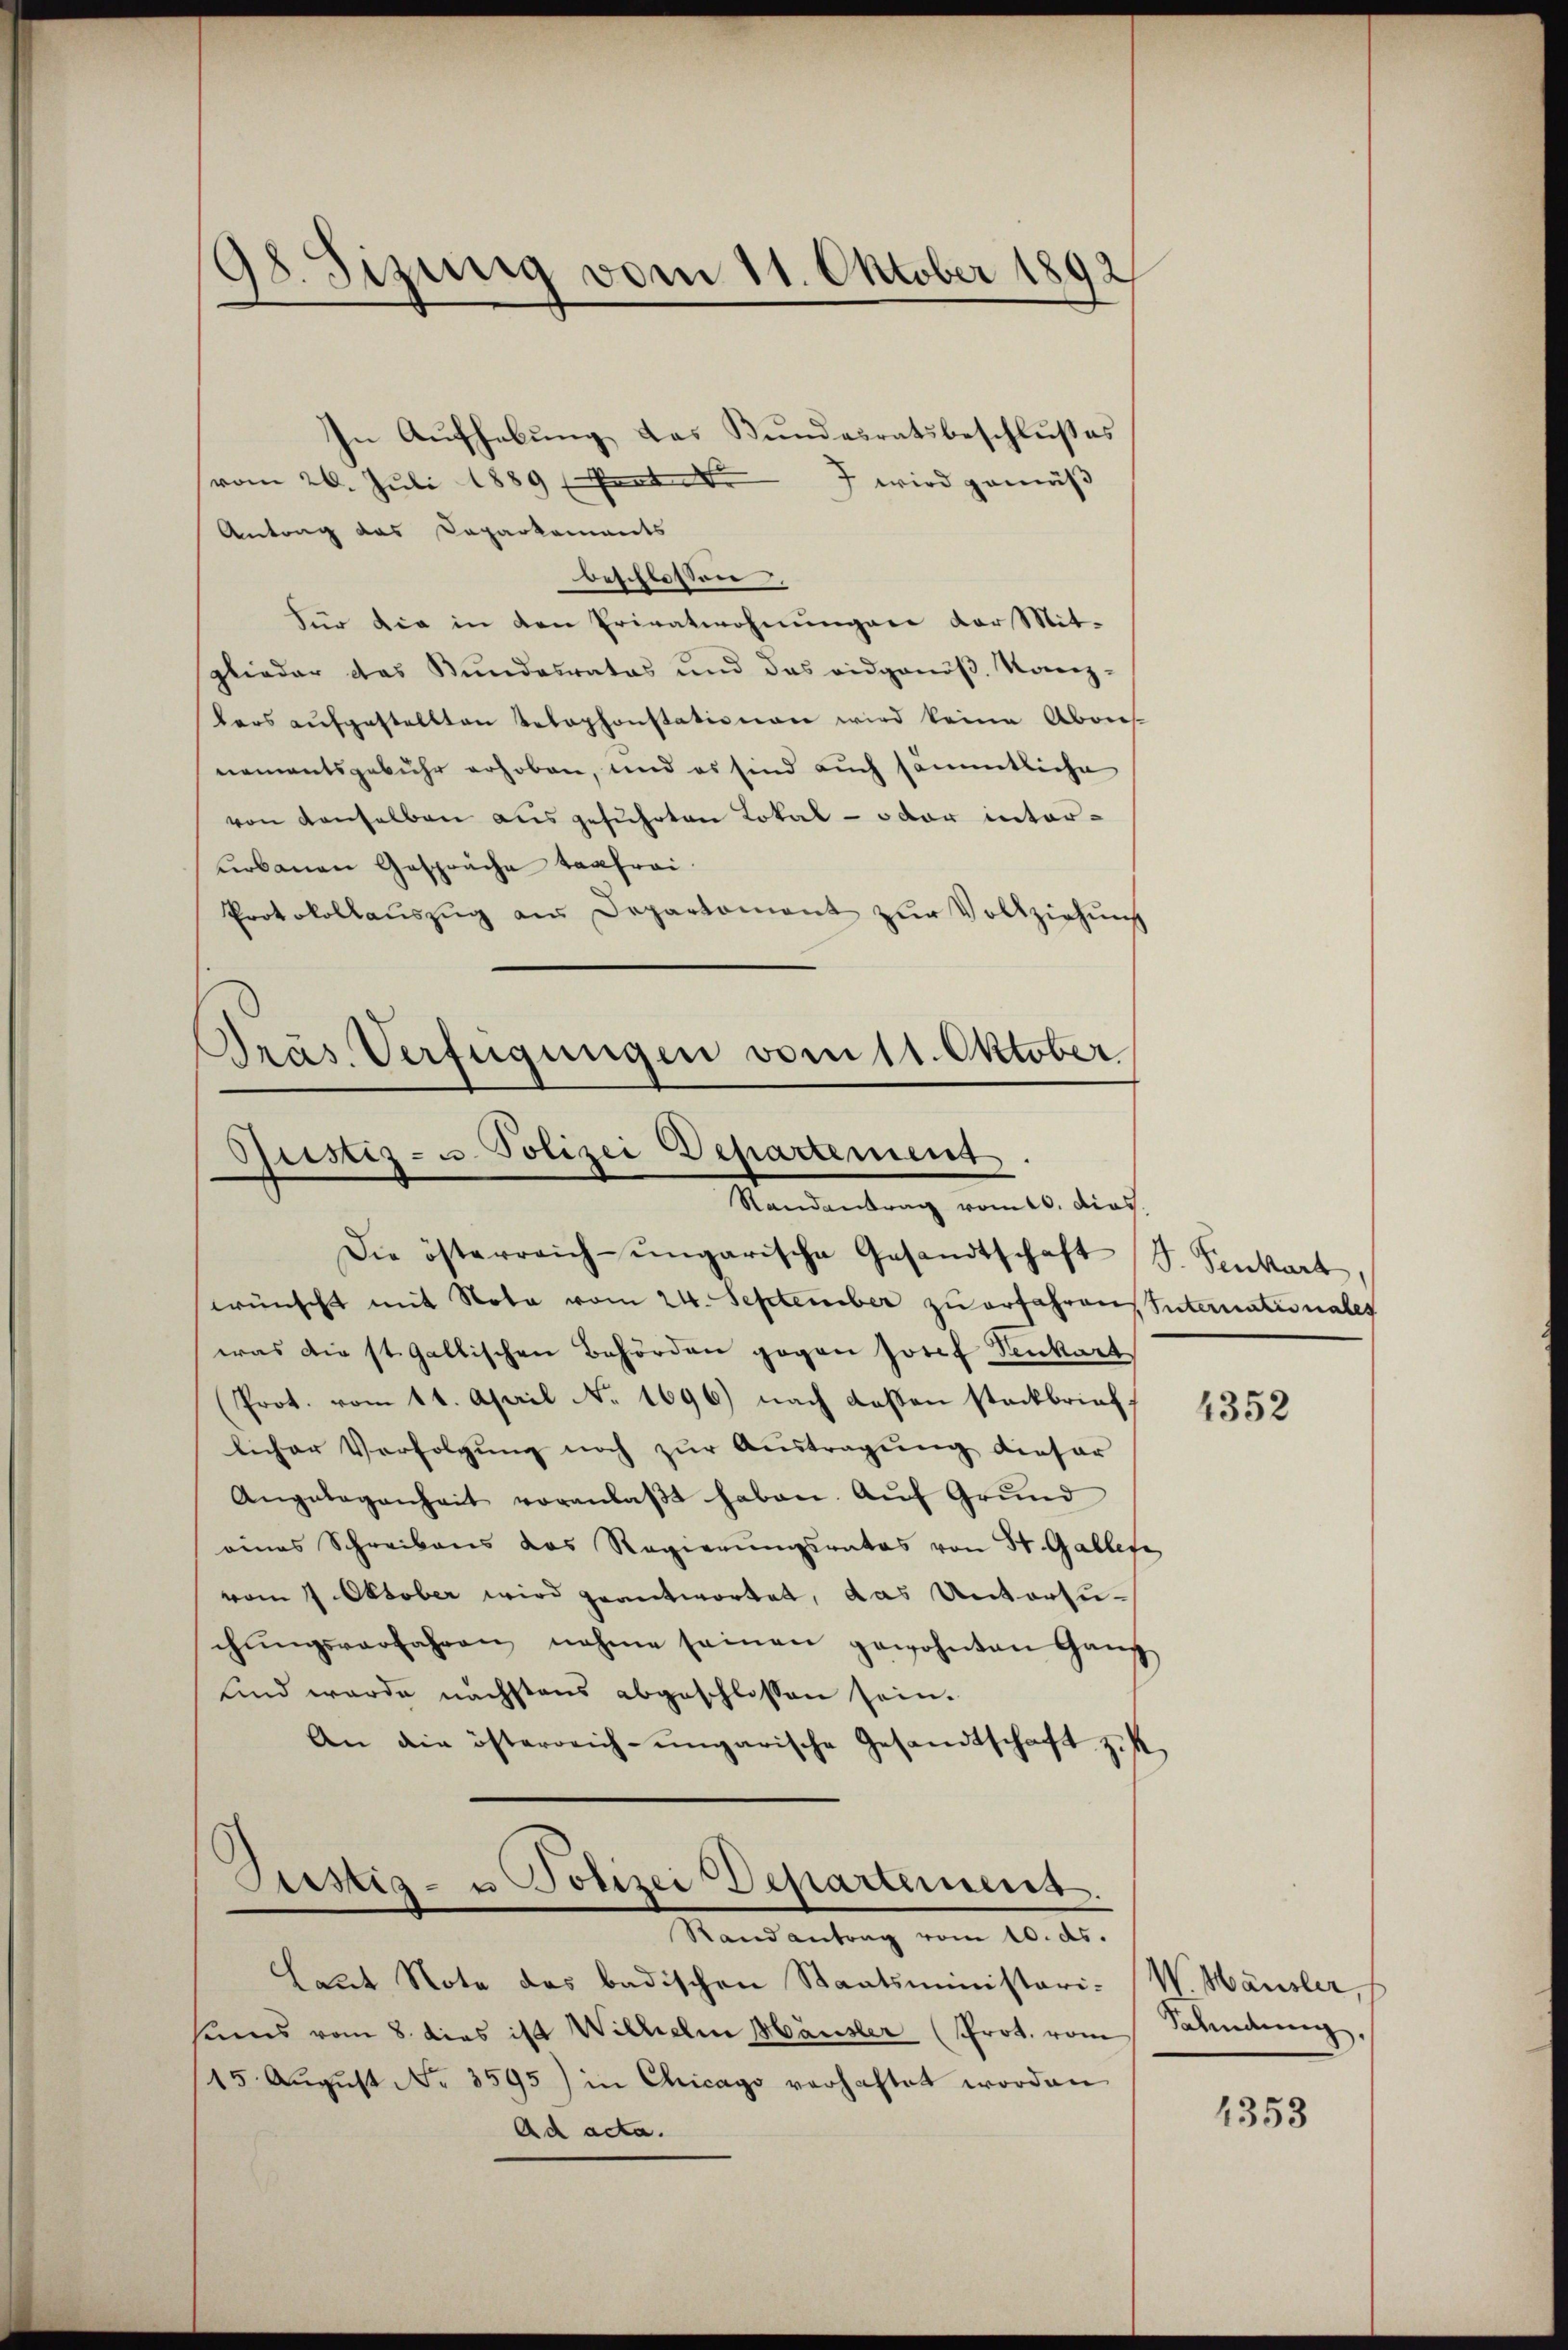
98. Sizung vom 11. Oktober 1892

In Aufhebung das Bundesratsbeschlußes
(vom 26. Juli 1889 Parter
7 wird gemäß
Antrag das Daparkaments
beschlossen
Für die in den Privatwohnungene der Mit-
glieder das Kundesrates und das eidgenöβ. Kanz-
lers aŭfgestellten Telephonstationen wird keine Abon
nementsgebühr erhoben, und es sind auch sämmtliche
von denselben ausgeführten Lokal- oder interurbauen Gespräche Taafrai
Protokollaŭszŭg an Departament zŭr Vollziehŭng

Präs. Verfügungen vom 11. Oktober
Gustiz- u. Polizei Departement.
Verwendung vom 10. durch

Die österreich-ungarische Gesandtschaft J. Senkart,
wünscht mit Nota vom 24. September zu erfahren Internationales
was die st. Gallischen Behörden gegen Josef Senkart
(Prot. vom 11. April N. 1696) nach Kassen steckbrief,
licher Verfolgung noch zur Austragung dieser
Angelegenheit voranlaβt haben. Aŭf Grŭnd
eines Schreibens das Regierŭngsrates von St. Galles,
vom 7. Oktober wird geantwortet, das Untersuchŭngsverfahren nahme seinen gewohnten Ganz
sind wurde nächstens abgeschlossen sein.
An die österreich-ungarische Gesandtschaft zus

Justiz- u Polizei Departement.
Randantrag vom 10. ds.

Laut Note des badischen Staatsministari-
sums vom 8. dies ist Wilhelm Hausler (Prot. vom Salindung,
115. Aŭgŭst No. 3595) in Chicago verhaftet worden
Ad acta.

1352

W. Häusler,

1353